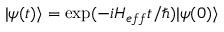
| \psi ( t ) \rangle = \exp ( - i H _ { e f f } t / \hbar ) | \psi ( 0 ) \rangle